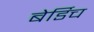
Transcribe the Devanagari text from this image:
बेर्डिच